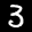
Label: 3